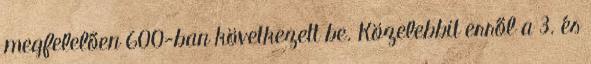
megfelelően 600-ban következett be. Közelebbit erről a 3. és